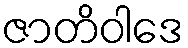
ဇာတိဝါဒေ